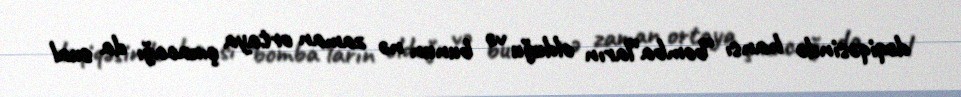
dəqiqəsində hansı “bomba”ların olduğu və bunun nə zaman ortaya çıxacağı da sual